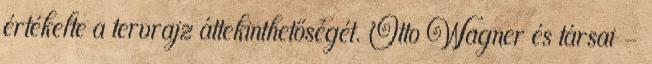
értékelte a tervrajz áttekinthetőségét. Otto Wagner és társai -